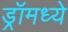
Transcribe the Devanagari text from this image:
ड्रॉमध्ये